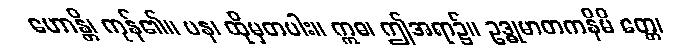
ဟောန္တိ၊ ကုန်၏။ ပန၊ ထိုမှတပါး။ ဣဓ၊ ဤအရာ၌။ ဥဒ္ဓုမာတကနိမိ တ္တေ၊